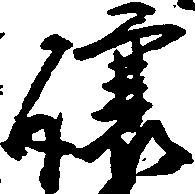
譲